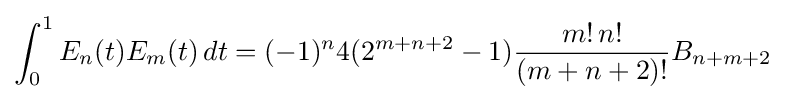
\int _{0}^{1}E_{n}(t)E_{m}(t)\,dt=(-1)^{n}4(2^{m+n+2}-1){\frac {m!\,n!}{(m+n+2)!}}B_{n+m+2}